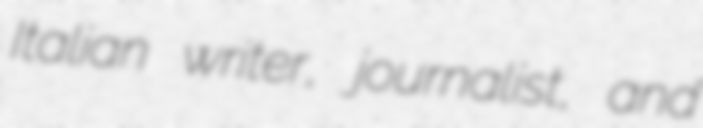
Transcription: Italian writer, journalist, and